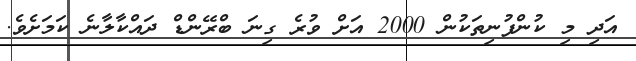
އަދި މި ކުންފުނިތަކުން 2000 އަށް ވުރެ ގިނަ ބްރޭންޑް ދައްކާލާނެ ކަމަށެވެ.